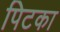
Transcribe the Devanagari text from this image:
पिटका